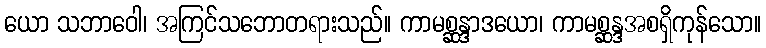
ယော သဘာဝေါ၊ အကြင်သဘောတရားသည်။ ကာမစ္ဆန္ဒာဒယော၊ ကာမစ္ဆန္ဒအစရှိကုန်သော။